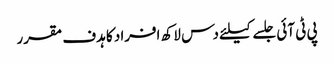
پی ٹی آئی جلسے کیلئے دس لاکھ افراد کا ہدف مقرر